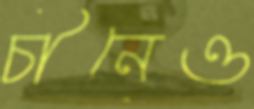
চীনেও